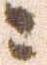
ニ